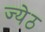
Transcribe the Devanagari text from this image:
ज्येठ